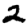
Digit: 2